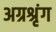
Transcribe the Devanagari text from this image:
अग्रश्रृंग